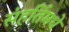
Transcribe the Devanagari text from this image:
संहतिंमधे